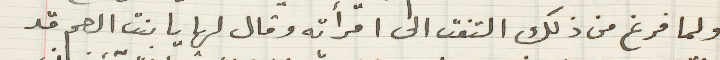
ولما فرغ من ذلك التفت الى امرأته وقال لها يا بنت العم قد